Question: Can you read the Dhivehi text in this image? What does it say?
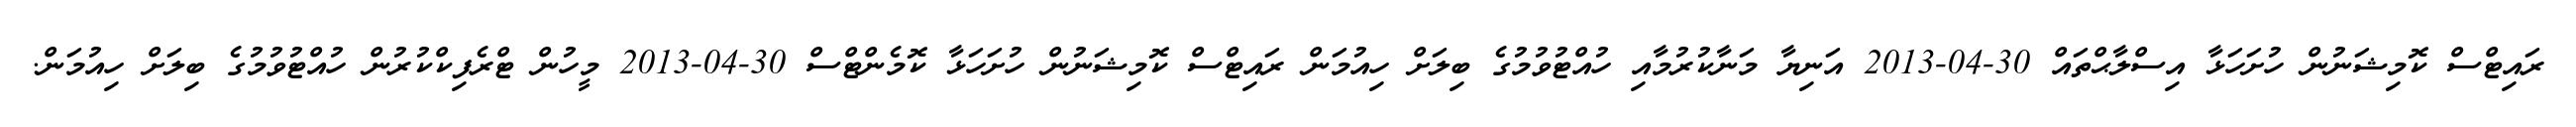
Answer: ރައިޓްސް ކޮމިޝަނުން ހުށަހަޅާ އިސްލާޙްތައް 30-04-2013 އަނިޔާ މަނާކުރުމާއި ހުއްޓުވުމުގެ ބިލަށް ހިއުމަން ރައިޓްސް ކޮމިޝަނުން ހުށަހަޅާ ކޮމެންޓްސް 30-04-2013 މީހުން ޓްރެފިކްކުރުން ހުއްޓުވުމުގެ ބިލަށް ހިއުމަން.